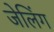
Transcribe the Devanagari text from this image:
जेलिंग